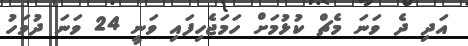
އަދި ދެ ވަނަ މެޗް ކުޅުމަށް ހަމަޖެހިފައި ވަނީ 24 ވަނަ ދުވަހު